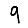
Digit: 9